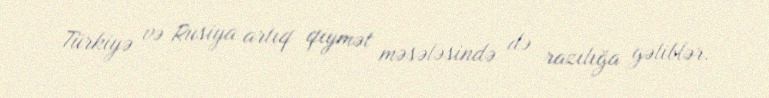
Türkiyə və Rusiya artıq qiymət məsələsində də razılığa gəliblər.